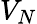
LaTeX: V_{N}